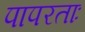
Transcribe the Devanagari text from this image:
पापरताः